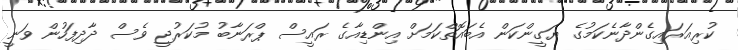
ކުރިއަރައިގެންދާނެކަމުގެ ޔަގީންކަން އެބައޮތްކަމަށް އިންޑިއާގެ ރައީސް ޕްރަނާބު މުކަރުޖީ ވެސް ދާދިފަހުން ވަނީ